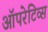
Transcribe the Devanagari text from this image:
ऑपरेटिव्स